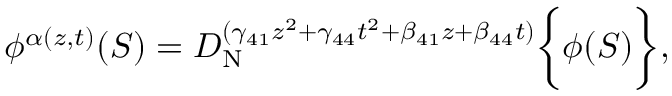
\phi ^ { \alpha ( z , t ) } ( S ) = D _ { \mathrm { N } } ^ { ( \gamma _ { 4 1 } z ^ { 2 } + \gamma _ { 4 4 } t ^ { 2 } + \beta _ { 4 1 } z + \beta _ { 4 4 } t ) } \bigg \{ { \phi ( S ) \bigg \} } ,